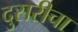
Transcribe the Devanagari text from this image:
दुसरीचा